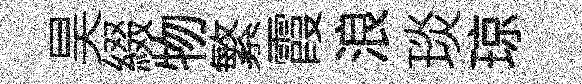
昊綴物繁霞浪琰琼